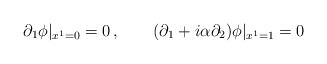
\begin{align*}\partial_1 \phi |_{x^1=0}=0 \,,\qquad(\partial_1 +i\alpha \partial_2 )\phi |_{x^1=1}=0 \end{align*}